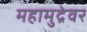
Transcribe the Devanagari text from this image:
महामुद्रेवर